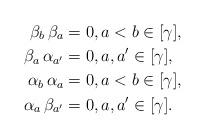
LaTeX: \begin{align*} \beta_b \, \beta_a & = 0, a < b \in [\gamma], \\ \beta_a \, \alpha_{a'} & = 0, a, a' \in [\gamma], \\ \alpha_b \, \alpha_a & = 0, a < b \in [\gamma], \\ \alpha_a \, \beta_{a'} & = 0, a, a' \in [\gamma]. \end{align*}